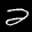
Label: 2